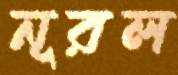
নূরল